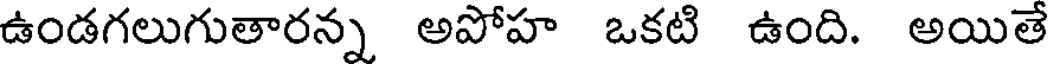
ఉండగలుగుతారన్న అపోహ ఒకటి ఉంది. అయితే